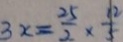
3 x = \frac { 2 5 } { 2 } \times \frac { 1 2 } { 5 }